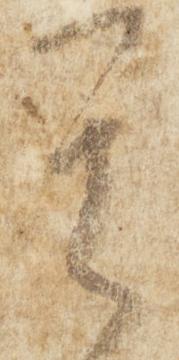
其